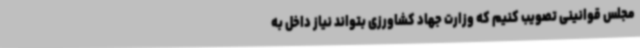
مجلس قوانینی تصویب کنیم که وزارت جهاد کشاورزی بتواند نیاز داخل به